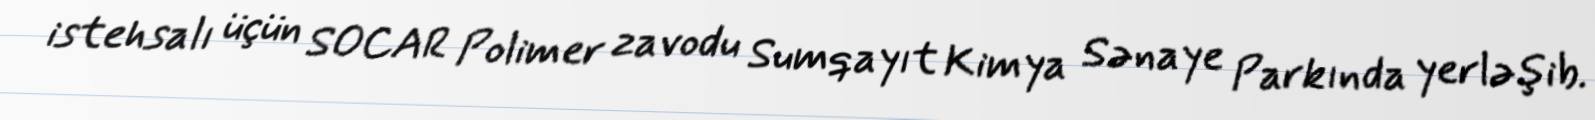
istehsalı üçün SOCAR Polimer zavodu Sumqayıt Kimya Sənaye Parkında yerləşib.